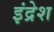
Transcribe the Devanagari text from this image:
इंद्रेश